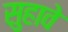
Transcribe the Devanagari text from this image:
सुहावे